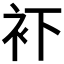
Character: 𧘔